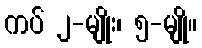
ကပ် ၂-မျိုး၊ ၅-မျို။